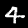
Digit: 4